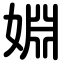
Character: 婣